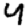
Digit: 4